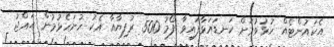
އެކައުންޓެއް ހުޅުވުމަށް ކަނޑައަޅާފައިވާ ފޯމު 500 ރުފިޔާއާ އެކު ހުށަހެޅުމުން ޙައްޖު